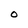
Character: O